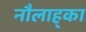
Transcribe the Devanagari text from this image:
नौलाह्का